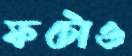
ফটোও